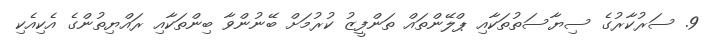
9. ސަރުކާރުގެ ސިޔާސަތުތަކާއި ޕްލޭންތައް ތަންފީޒު ކުރުމަށް ބޭނުންވާ ބިންތަކާއި ރައްޔިތުންގެ އެކިއެކި